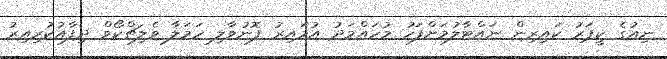
ނިއުގެ ކީޕަރު ކައިރިން ނައްޓާލުމަށްފަހު މުހައްމަދު އުމައިރު ފޮނުވާލި ހަމަލާ ވެލިޗްކޯވް ދިފާއުކުރިއިރު